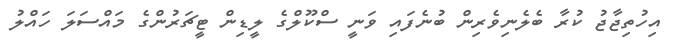
އިހުތިޖާޖު ކުރާ ބެލެނިވެރިން ބުނެފައި ވަނީ ސްކޫލްގެ ލީޑިން ޓީޗަރުންގެ މައްސަލަ ހައްލު